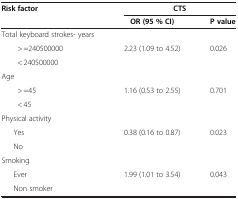
<table><thead><tr><td><b>Risk factor</b></td><td colspan="2"><b>CTS</b></td></tr><tr><td><b> </b></td><td><b>OR (95 % CI)</b></td><td><b>P value</b></td></tr></thead><tbody><tr><td>Total keyboard strokes- years</td><td> </td><td> </td></tr><tr><td>&gt; =240500000</td><td>2.23 (1.09 to 4.52)</td><td>0.026</td></tr><tr><td>&lt; 240500000</td><td> </td><td> </td></tr><tr><td>Age</td><td> </td><td> </td></tr><tr><td>&gt; =45</td><td>1.16 (0.53 to 2.55)</td><td>0.701</td></tr><tr><td>&lt; 45</td><td> </td><td> </td></tr><tr><td>Physical activity</td><td> </td><td> </td></tr><tr><td>Yes</td><td>0.38 (0.16 to 0.87)</td><td>0.023</td></tr><tr><td>No</td><td> </td><td> </td></tr><tr><td>Smoking</td><td> </td><td> </td></tr><tr><td>Ever</td><td>1.99 (1.01 to 3.54)</td><td>0.043</td></tr><tr><td>Non smoker</td><td> </td><td> </td></tr></tbody></table>